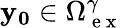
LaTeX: \mathbf{y_{0}}\in\Omega_{\mathrm{~e~x~}}^{\gamma}